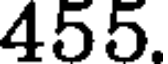
455.